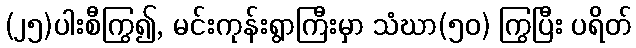
(၂၅)ပါးစီကြွ၍, မင်းကုန်းရွာကြီးမှာ သံဃာ(၅၀) ကြွပြီး ပရိတ်